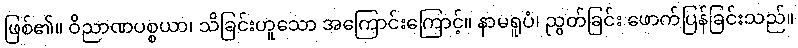
ဖြစ်၏။ ဝိညာဏပစ္စယာ၊ သိခြင်းဟူသော အကြောင်းကြောင့်။ နာမရူပံ၊ ညွတ်ခြင်း ဖောက်ပြန်ခြင်းသည်။